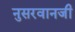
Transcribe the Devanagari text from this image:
नुसरवानजी